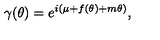
\gamma ( \theta ) = e ^ { i ( \mu + f ( \theta ) + m \theta ) } ,